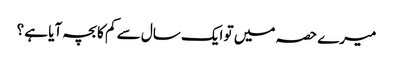
میرے حصہ میں تو ایک سال سے کم کا بچہ آیا ہے ؟